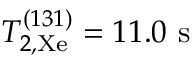
T _ { 2 , \mathrm { X e } } ^ { ( 1 3 1 ) } = 1 1 . 0 ~ \mathrm { s }